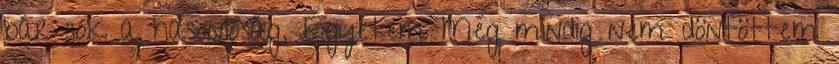
bár sok a hasonlóság. Egyetem Még mindig nem döntöttem